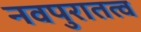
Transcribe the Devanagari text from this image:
नवपुरातत्व